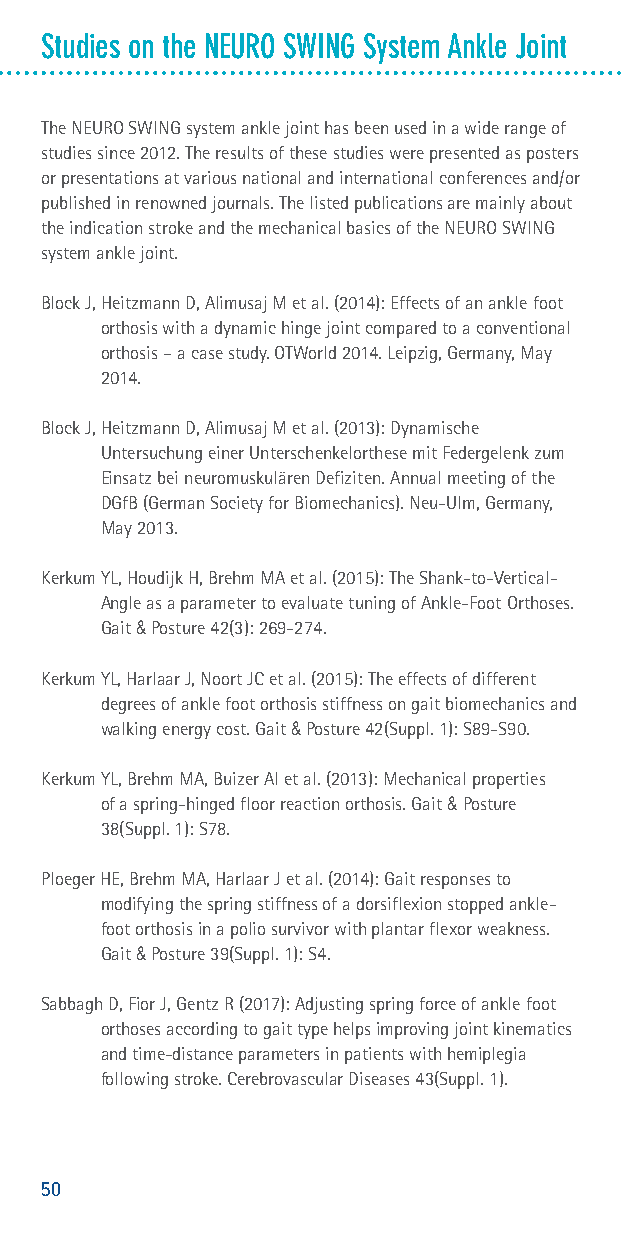
Studies on the NEURO SWING System Ankle Joint
 The NEURO SWING system ankle joint has been used in a wide range of
 studies since 2012. The results of these studies were presented as posters
 or presentations at various national and international conferences and/or
 published in renowned journals. The listed publications are mainly about
 the indication stroke and the mechanical basics of the NEURO SWING
 system ankle joint.
 Block J, Heitzmann D, Alimusaj M et al. (2014): Effects of an ankle foot
 orthosis with a dynamic hinge joint compared to a conventional
 orthosis – a case study. OTWorld 2014. Leipzig, Germany, May
 2014.
 Block J, Heitzmann D, Alimusaj M et al. (2013): Dynamische
 Untersuchung einer Unterschenkelorthese mit Federgelenk zum
 Einsatz bei neuromuskulären Defiziten. Annual meeting of the
 DGfB (German Society for Biomechanics). Neu-Ulm, Germany,
 May 2013.
 Kerkum YL, Houdijk H, Brehm MA et al. (2015): The Shank-to-Vertical-
 Angle as a parameter to evaluate tuning of Ankle-Foot Orthoses.
 Gait & Posture 42(3): 269-274.
 Kerkum YL, Harlaar J, Noort JC et al. (2015): The effects of different
 degrees of ankle foot orthosis stiffness on gait biomechanics and
 walking energy cost. Gait & Posture 42(Suppl. 1): S89-S90.
 Kerkum YL, Brehm MA, Buizer AI et al. (2013): Mechanical properties
 of a spring-hinged floor reaction orthosis. Gait & Posture
 38(Suppl. 1): S78.
 Ploeger HE, Brehm MA, Harlaar J et al. (2014): Gait responses to
 modifying the spring stiffness of a dorsiflexion stopped ankle-
 foot orthosis in a polio survivor with plantar flexor weakness.
 Gait & Posture 39(Suppl. 1): S4.
 Sabbagh D, Fior J, Gentz R (2017): Adjusting spring force of ankle foot
 orthoses according to gait type helps improving joint kinematics
 and time-distance parameters in patients with hemiplegia
 following stroke. Cerebrovascular Diseases 43(Suppl. 1).
 50